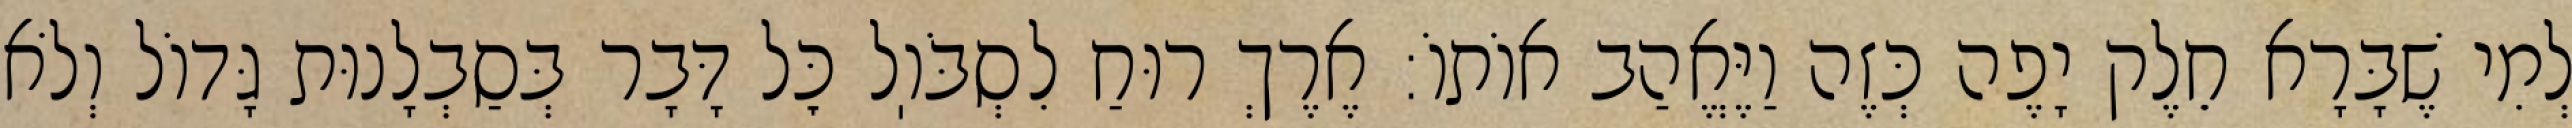
לְמִי שֶׁבָּרָא חֵלֶק יָפֶה כְּזֶה וַיֶּאֱהַב אוֹתוֹ: אֶרֶךְ רוּחַ לִסְבֹּוֽל כׇּל דָּבָר בְּסַבְלָנוּת גָּדוֹל וְלֹא